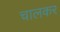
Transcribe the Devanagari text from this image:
चालकर